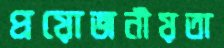
প্রয়োজনীয়তা